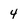
Character: 4